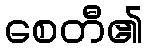
စေတီ၏